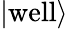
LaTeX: |\mathrm{well}\rangle